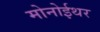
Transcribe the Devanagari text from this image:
मोनोईथर